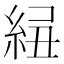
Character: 𥿲